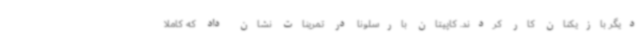
دیگر بازیکنان کار کردند. کاپیتان بارسلونا در تمرینات نشان داد که کاملا